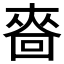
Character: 𰉒